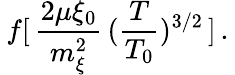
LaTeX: \: f[\, \frac{2\mu\xi_{0}}{m_{\xi}^{2}}\, (\frac{T}{T_{0}})^{3/2}\, ]\, .\: